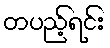
တပည့်ရင်း